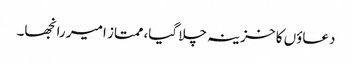
دعاؤں کا خزینہ چلا گیا، ممتاز امیر رانجھا۔